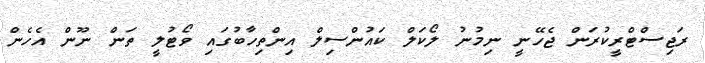
ރަޖިސްޓްރީކުރަން ޖެހޭނީ ނިމުނު ލޯކަލް ކައުންސިލް އިންތިހާބުގައި ވޯޓުލީ ތަން ނޫން އެހެން